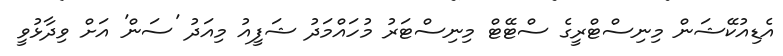
އެޑިއުކޭޝަން މިނިސްޓްރީގެ ސްޓޭޓް މިނިސްޓަރު މުހައްމަދު ޝަފީއު މިއަދު 'ސަން' އަށް ވިދާޅުވީ